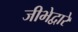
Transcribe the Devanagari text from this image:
जीभेद्वारे